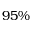
9 5 \%